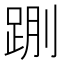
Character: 𰸌